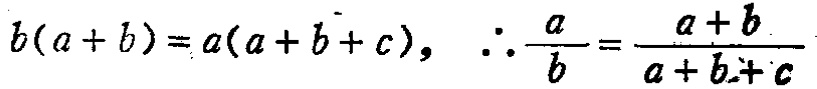
\[b(a + b)=a(a + b + c),\quad \therefore \frac{a}{b}=\frac{a + b}{a + b + c}\]